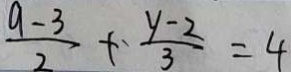
\frac { a - 3 } { 2 } + \frac { y - 2 } { 3 } = 4